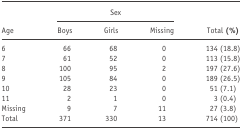
| <ROWSPAN=2> Age | <COLSPAN=3> Sex | <ROWSPAN=2> Total (%) |
 | Boys | Girls | Missing |
 | --- | --- | --- | --- | --- |
 | 6 | 66 | 68 | 0 | 134 (18.8) |
 | 7 | 61 | 52 | 0 | 113 (15.8) |
 | 8 | 100 | 95 | 2 | 197 (27.6) |
 | 9 | 105 | 84 | 0 | 189 (26.5) |
 | 10 | 28 | 23 | 0 | 51 (7.1) |
 | 11 | 2 | 1 | 0 | 3 (0.4) |
 | Missing | 9 | 7 | 11 | 27 (3.8) |
 | Total | 371 | 330 | 13 | 714 (100) |